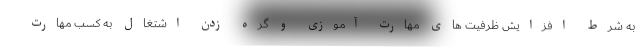
به شرط افزایش ظرفیت های مهارت آموزی و گره زدن اشتغال به کسب مهارت